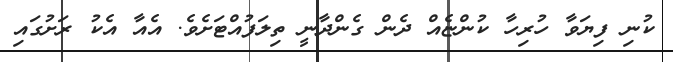
ކުނި ފިޔަވާ ހުރިހާ ކުންޏެއް ދެން ގެންދާނީ ތިލަފުއްޓަށެވެ. އެއާ އެކު ރަށުގައި